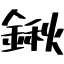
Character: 鍬